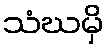
သံဃမှိ